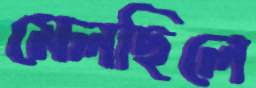
মেলছিলে